Sanitation, dispensaries and jails vaccination Rajputana 1922-1927 - 1922-1927
Year: 1922
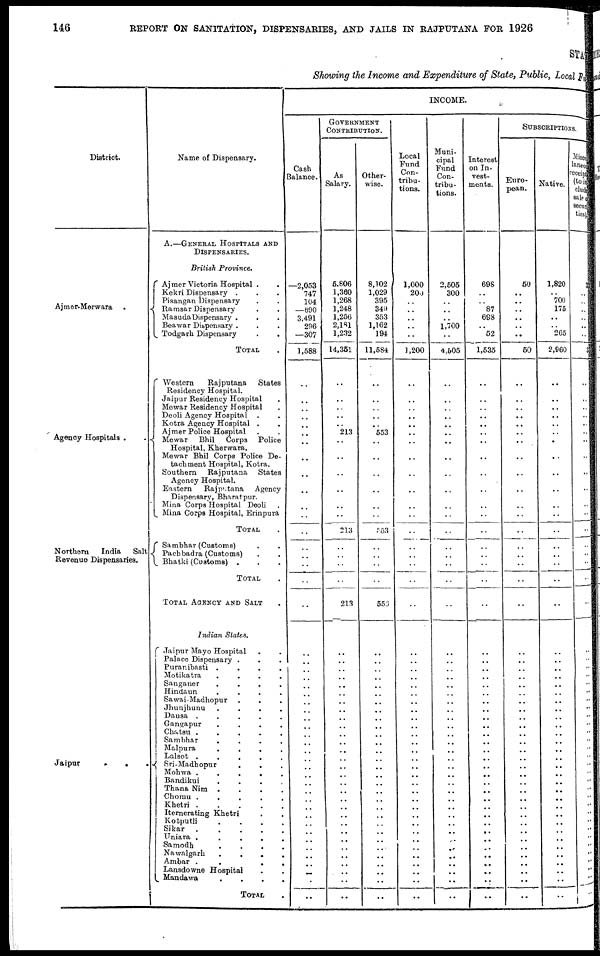
146
REPORT ON SANITATION, DISPENSARIES, AND JAILS IN RAJPUTANA FOR 1926
STATE
Showing the Income and Expenditure of State, Public, Local Fund
District.
Ajmer-Merwara .
Agency Hospitals . .
Northern
India
Salt
Revenue Dispensaries.
Jaipur
.
.
.
Name of Dispensary.
A.—GENERAL HOSPITALS AND
DISPENSARIES.
British Province.
Ajmer Victoria Hospital .
.
Kekri Dispensary . . .
Pisangan Dispensary . .
Ramsar Dispensary . .
MasudaDispensary . . .
Beawar Dispensary . . .
Todgarh Dispensary . .
TOTAL .
Western
Rajputana
States
Residency Hospital.
Jaipur Residency Hospital .
Mewar Residency Hospital .
Deoli Agency Hospital . .
Kotra Agency Hospital . .
Ajmer Police Hospital . .
Mewar
Bhil Corps Police
Hospital, Kherwara.
Mewar Bhil Corps Police De-
tachment Hospital, Kotra.
Southern Rajputana
States
Agency Hospital.
Eastern
Rajputana
Agency
Dispensary, Bharatpur.
Mina Corps Hospital Deoli .
Mina Corps Hospital, Erinpura
TOTAL .
Sambhar (Customs) . .
Pachbadra (Customs) . .
Bhatki (Customs) . .
TOTAL .
TOTAL AGENCY AND SALT .
Indian States.
Jaipur Mayo Hospital . .
Palace Dispensary . . .
Puranibasti .
.
.
.
Motikatra
.
.
.
.
Sanganer
.
.
.
.
Hindaun
.
.
.
.
Sawai-Madhopur . . .
Jhunjhunu
.
.
.
.
Dausa .
.
.
.
.
Gangapur
.
.
.
.
Chatsu .
.
.
.
.
Sambhar
.
.
.
.
Malpura
.
.
.
.
Lalsot .
.
.
.
.
Sri-Madhopur . . .
Mohwa .
.
.
.
.
Bandikui
.
.
.
.
Thana Nim .
.
.
.
Chomu . . . .
Khetri .
.
.
.
.
Iternerating Khetri . .
Kotputli
. . . .
Sikar
.
.
.
.
.
Uniara . . . . .
Samodh
. . . .
Nawalgarh
. . . .
Ambar .
.
.
.
Lansdowne Hospital . .
Mandawa
. . . .
TOTAL .
INCOME.
Cash
Balance.
—2,053
747
104
—690
3,491
296
—307
1,588
..
..
..
..
..
..
..
..
..
..
..
..
..
..
..
..
..
..
..
..
..
..
..
..
..
..
..
..
..
..
..
..
..
..
..
..
..
..
..
..
..
..
..
..
..
..
..
..
GOVERNMENT
CONTRIBUTION.
As
Salary.
5,806
1,360
1,268
1,248
1,256
2,181
1,232
14,351
..
..
..
..
..
213
..
..
..
..
..
..
213
..
..
..
..
213
..
..
..
.. ..
..
..
..
..
..
..
..
..
..
..
..
..
..
..
..
..
..
..
..
..
..
..
..
..
..
Other¬
wise.
8,102
1,029
395
349
353
1,162
194
11,584
..
..
..
..
..
553
..
..
..
..
..
..
553
..
..
..
..
553
..
..
..
..
..
..
..
..
..
..
..
..
..
..
..
..
..
..
..
..
..
..
..
..
..
..
..
..
..
Local
Fund
Con-
tribu-
tions.
1,000
200
..
..
..
..
..
1,200
..
..
..
..
..
..
..
..
..
..
..
..
..
..
..
..
..
..
..
..
..
..
..
..
..
..
..
..
..
..
..
..
..
..
..
..
..
..
..
..
..
..
..
..
..
..
..
..
Muni-
cipal
Fund
Con-
tribu-
tions.
2,505
300
..
..
..
1,700
..
4,505
..
..
..
..
..
..
..
..
..
..
..
..
..
..
..
..
..
..
..
..
..
..
..
..
..
..
..
..
..
..
..
..
..
..
..
..
..
..
..
..
..
..
..
..
..
..
..
..
Interest
on In-
vest-
ments.
698
..
..
87
698
..
52
1,535
..
..
..
..
..
..
..
..
..
..
..
..
..
..
..
..
..
..
..
..
..
..
..
..
..
..
..
..
..
..
..
..
..
..
..
..
..
..
..
..
..
..
..
..
..
..
..
..
SUBSCRIPTIONS.
Euro-
pean.
50
..
..
..
..
..
..
50
..
..
..
..
..
..
..
..
..
..
..
..
..
..
..
..
..
..
..
..
..
..
..
.. ..
..
..
..
..
..
..
..
..
..
..
..
..
..
..
..
..
..
..
..
..
..
..
..
Native.
1,820
..
700
175
..
..
265
2,960
..
..
..
..
..
..
..
..
..
..
..
..
..
..
..
..
..
..
..
..
..
..
..
..
..
..
..
..
.. ..
..
..
..
..
..
..
..
..
..
..
..
..
..
..
..
..
..
..
Misce¬
laneou
receipt
(to i n¬
clude)
sale of
securi¬
ties)
33
..
..
..
..
..
..
33
..
..
..
..
..
..
..
..
..
..
..
..
..
..
..
..
..
..
..
..
..
..
..
..
..
..
.. ..
.. ..
..
..
..
..
..
..
..
..
..
..
..
..
..
..
..
..
..
..